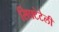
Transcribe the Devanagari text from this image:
सिफ्टेटेली